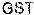
GST